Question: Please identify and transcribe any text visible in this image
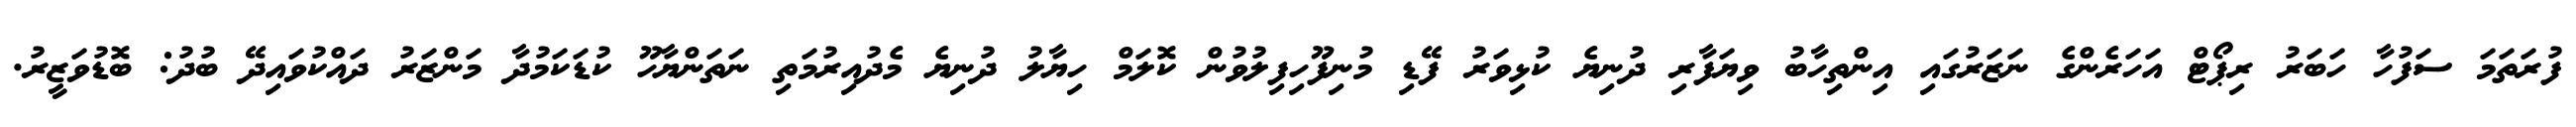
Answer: ފުރަތަމަ ސަފުހާ ހަބަރު ރިޕޯޓް އަހަރެންގެ ނަޒަރުގައި އިންތިހާބު ވިޔަފާރި ދުނިޔެ ކުޅިވަރު ފޭޑި މުނިފޫހިފިލުވުން ކޮލަމް ހިޔާލު ދުނިޔެ މެދުއިރުމަތި ނަތަންޔާހޫ ކުޑަކަމުދާ މަންޒަރު ދައްކުވައިދޭ ބުދު: ބޮޑުވަޒީރު.